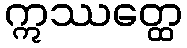
ဣဿတ္ထေ